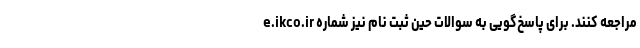
e.ikco.ir مراجعه کنند. برای پاسخ‌گویی به سوالات حین ثبت نام نیز شماره